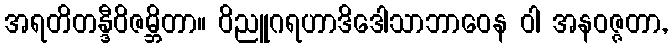
အရတိတန္ဒီဝိဇမ္ဘိတာ။ ဝိညူဂရဟာဒိဒေါသာဘာဝေန ဝါ အနဝဇ္ဇတာ,